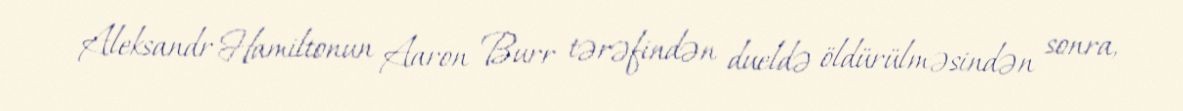
Aleksandr Hamiltonun Aaron Burr tərəfindən dueldə öldürülməsindən sonra,